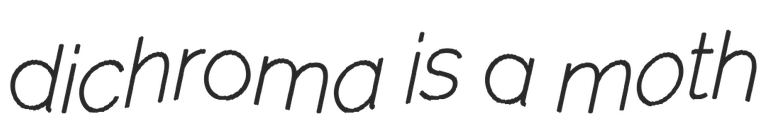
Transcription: dichroma is a moth